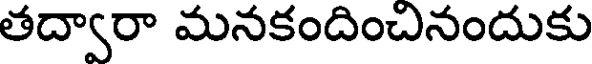
తద్వారా మనకందించినందుకు